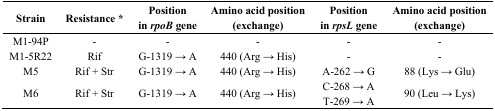
<table><thead><tr><td><b>Strain</b></td><td><b>Resistance *</b></td><td><b>Position in <i>rpoB</i> gene</b></td><td><b>Amino acid position (exchange)</b></td><td><b>Position in <i>rpsL</i> gene</b></td><td><b>Amino acid position (exchange)</b></td></tr></thead><tbody><tr><td>M1-94P</td><td>-</td><td>-</td><td>-</td><td>-</td><td>-</td></tr><tr><td>M1-5R22</td><td>Rif</td><td>G-1319 → A</td><td>440 (Arg → His)</td><td>-</td><td>-</td></tr><tr><td>M5</td><td>Rif + Str</td><td>G-1319 → A</td><td>440 (Arg → His)</td><td>A-262 → G</td><td>88 (Lys → Glu)</td></tr><tr><td>M6</td><td>Rif + Str</td><td>G-1319 → A</td><td>440 (Arg → His)</td><td>C-268 → A T-269 → A</td><td>90 (Leu → Lys)</td></tr></tbody></table>